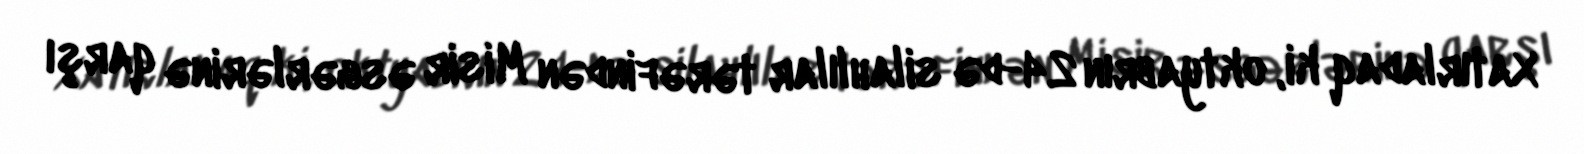
Xatırladaq ki, oktyabrın 24-də silahlılar tərəfindən Misir əsgərlərinə qarşı